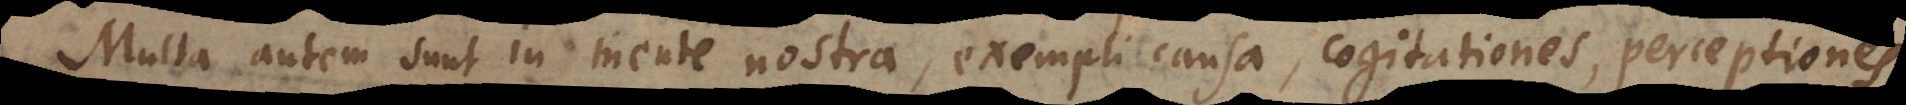
Multa autem sunt in mente nostra, exempli causa, cogitationes, perceptiones,